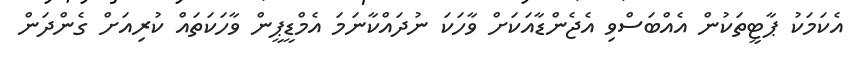
އެކަމަކު ޕާޓީތަކުން އެއްބަސްވި އެޖެންޑާއަކަށް ވާހަކަ ނުދައްކާނަމަ އެމްޑީޕީން ވާހަކަތައް ކުރިއަށް ގެންދަން